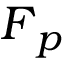
\boldsymbol { F } _ { p }